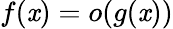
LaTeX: f(\mathit{x})=o(g(\mathit{x}))